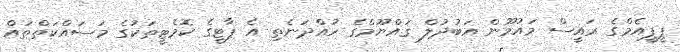
ޕީޕީއެމްގެ ރައީސް މައުމޫން އަބުދުލް ޤައްޔޫމްގެ ހުއްދަނެތި އެ ޕާޓީގެ ކޮމެޓީތަކުގެ މަސައްކަތްތައް